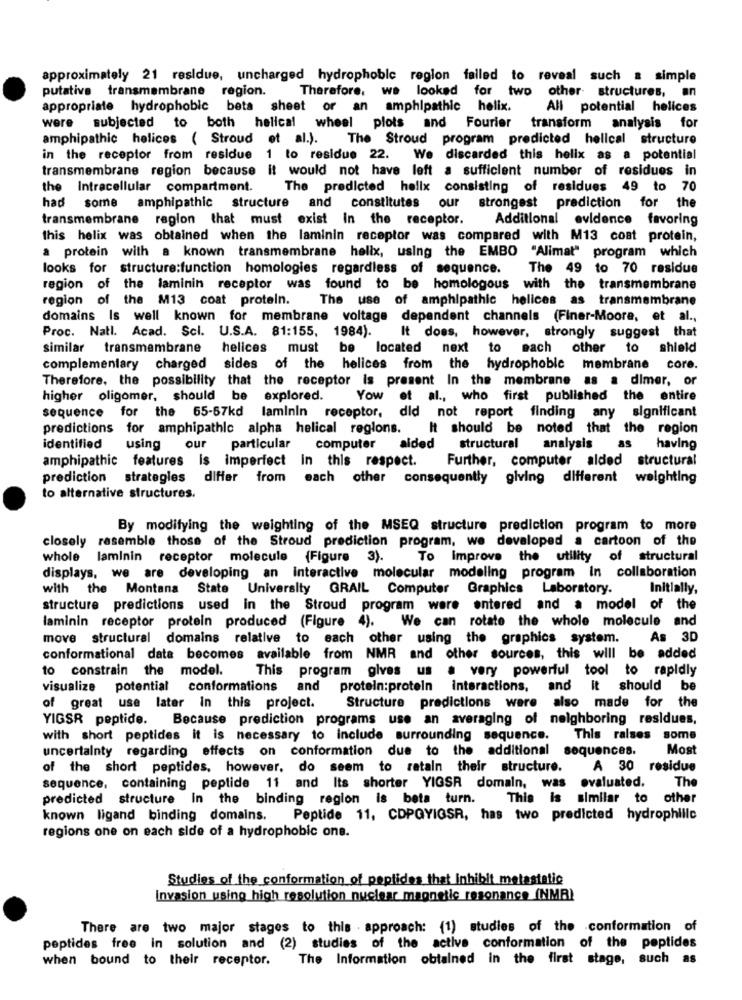
approximately 21 residue, uncharged hydrophobic region failed to reveal such a simple
putative transmembrane region.
Therefore, we looked for two other structures, an
appropriate hydrophobic beta sheet or an amphipathic helix.
All potential helices
were
subjected to both helical wheel plots and Fourier transform analysis for
amphipathic helices ( Stroud et al.). The Stroud program predicted helical structure
in the receptor from residue 1 to residue 22. We discarded this helix as a potential
transmembrane region because it would not have left a sufficient number of residues in
the Intracellular compartment.
The predicted helix consisting of residues 49 to 70
had some amphipathic structure and constitutes
our strongest prediction for the
transmembrane region that must
exist in the receptor.
Additional evidence favoring
this helix was obtained when the laminin receptor was compared with M13 cost protein,
a protein with a known transmembrane helix, using the EMBO "Alimat" program which
looks for structure:function homologies regardless of sequence.
The 49 to 70 residue
region of the laminin receptor was found to be homologous with the transmembrane
region of the M13 coat protein. The use of amphipathic helices as transmembrane
domains Is well known for membrane voltage dependent channels (Finer-Moore, et al .,
Proc. Natl. Acad. Scl. U.S.A. 81:155, 1984).
It does, however, strongly suggest that
similar transmembrane
helices must be located next to each
other to shield
complementary charged sides of the helices from the hydrophobic membrane core.
Therefore, the possibility that the receptor is present In the membrane as a dimer, or
higher oligomer, should be explored.
Yow et al ., who first published the entire
sequence for the 55-57kd laminin receptor, did not report finding any significant
predictions for amphipathic alpha helical regions.
It should be noted that the region
as
identified
using
our
particular
computer
alded structural
analysis
having
amphipathic features is imperfect in this respect.
Further, computer alded structural
prediction
strategies differ from each other consequently giving different weighting
to alternative structures.
By modifying the weighting of the MSEQ structure prediction program to more
closely rasemble those of the Stroud prediction program, we developed a cartoon of the
whole
laminin receptor molecule (Figure 3).
To Improve the utility of structural
displays, we are developing an interactive molecular modeling program In collaboration
with the Montana State University GRAIL Computer Graphics Laboratory.
Initially,
structure predictions used in the Stroud program were entered and a model of the
laminin receptor protein produced (Figure 4). We can rotate the whole molecule and
move structural domains relative to each other using the graphics system.
As 3D
conformational data becomes available from NMR and other sources, this will be added
to constrain the model.
This program gives us a very powerful tool to rapidly
visualize potential conformations and
protein:protein interactions, and it should be
of great use later in this project.
Structure predictions were also made for the
YIGSR peptide. Because prediction programs use an averaging of neighboring residues,
with short peptides it is necessary to include surrounding sequence.
This raises some
uncertainty regarding effects on conformation due to the additional sequences.
Most
of the short peptides, however, do seem to retain their structure.
A 30
residue
evaluated.
The
sequence, containing peptide 11 and Its shorter YIGSR domain, was
predicted structure In the binding region is beta turn.
This is similar to other
known ligand binding domains. Peptide 11, CDPQYIGSR, has two predicted hydrophilic
regions one on each side of a hydrophobic one.
Studies of the conformation of peptides that inhibit metastatic
Invasion using high resolution nuclear magnetic resonance (NMR)
There are two major stages to this . approach: (1) studies of the conformation of
peptides free in solution and (2) studies of the active conformation of the peptides
when bound to their receptor.
The Information obtained in the first stage, such as